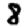
Digit: 8